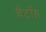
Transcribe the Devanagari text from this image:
चैटोंस